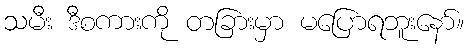
သမီး ဒီစကားကို တခြားမှာ မပြောရဘူးနော်။